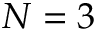
N = 3